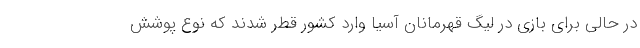
در حالی برای بازی در لیگ قهرمانان آسیا وارد کشور قطر شدند که نوع پوشش